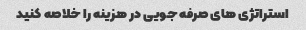
استراتژی های صرفه جویی در هزینه را خلاصه کنید